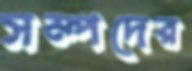
সম্পদের